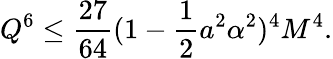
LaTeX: {Q}^{6}\leq\frac{27}{64}(1-\frac 12a^{2}\alpha^{2})^{4}M^{4}.